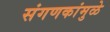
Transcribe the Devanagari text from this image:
संगणकांमुळे